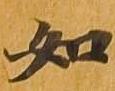
如